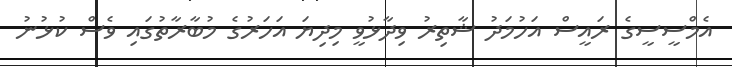
އެމްސީސީގެ ރައީސް އަހުމަދު ޝާތިރު ވިދާޅުވީ މިދިޔަ އަހަރުގެ މުބާރާތުގައި ވެސް ކުޅުނު